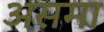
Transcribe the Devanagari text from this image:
असमा